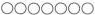
\bigcirc\bigcirc\bigcirc\bigcirc\bigcirc\bigcirc\bigcirc